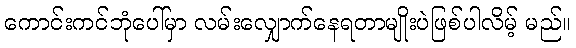
ကောင်းကင်ဘုံပေါ်မှာ လမ်းလျှောက်နေရတာမျိုးပဲဖြစ်ပါလိမ့် မည်။